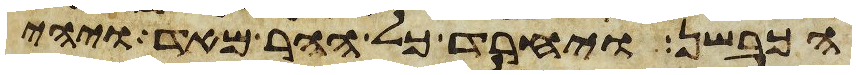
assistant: הכבשן ויחרד כל ההר מאד ויהי